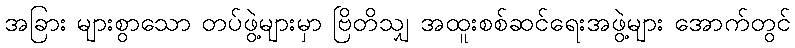
အခြား များစွာသော တပ်ဖွဲ့များမှာ ဗြိတိသျှ အထူးစစ်ဆင်ရေးအဖွဲ့များ အောက်တွင်